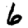
Digit: 6